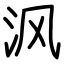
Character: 沨